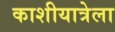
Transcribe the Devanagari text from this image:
काशीयात्रेला